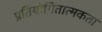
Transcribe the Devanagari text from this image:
प्रतियोगितात्मकता